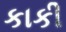
કાકી